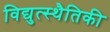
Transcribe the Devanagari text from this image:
विद्युत्स्थैतिकी